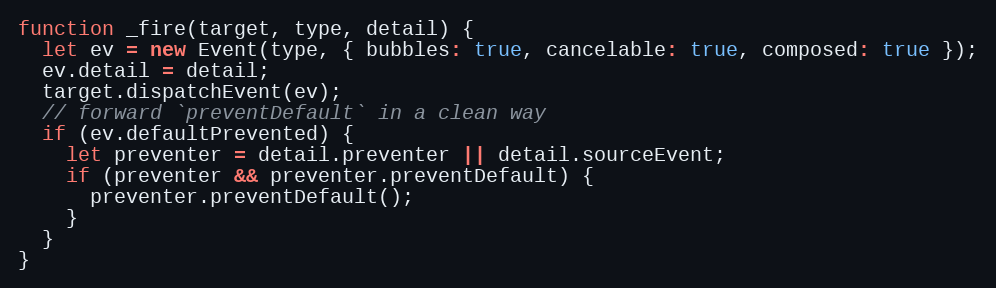
Language: JavaScript
function _fire(target, type, detail) {
  let ev = new Event(type, { bubbles: true, cancelable: true, composed: true });
  ev.detail = detail;
  target.dispatchEvent(ev);
  // forward `preventDefault` in a clean way
  if (ev.defaultPrevented) {
    let preventer = detail.preventer || detail.sourceEvent;
    if (preventer && preventer.preventDefault) {
      preventer.preventDefault();
    }
  }
}